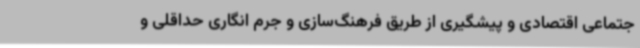
جتماعی اقتصادی و پیشگیری از طریق فرهنگ‌سازی و جرم انگاری حداقلی و